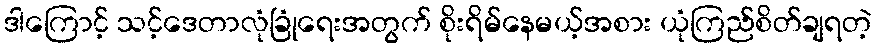
ဒါကြောင့် သင့်ဒေတာလုံခြုံရေးအတွက် စိုးရိမ်နေမယ့်အစား ယုံကြည်စိတ်ချရတဲ့